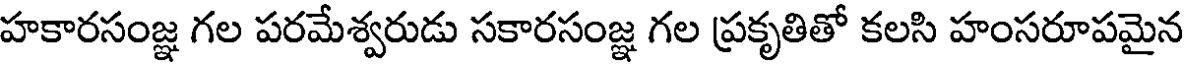
హకారసంజ్ఞ గల పరమేశ్వరుడు సకారసంజ్ఞ గల ప్రకృతితో కలసి హంసరూపమైన